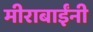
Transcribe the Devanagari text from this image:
मीराबाईंनी